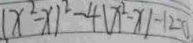
( x ^ { 2 } - x ) ^ { 2 } - 4 ( x ^ { 2 } - x ) - 1 2 = 0